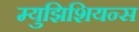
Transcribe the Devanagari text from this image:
म्युझिशियन्स